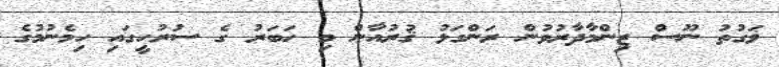
ޥަގުތު ނޫސް ޒިންމާދާރުވުން ރަންގަޅު ޤުރުއާން މި ހަބަރު ގެ ސުރުހީގައި ހިމެނުމުގެ